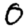
Digit: 0